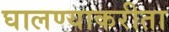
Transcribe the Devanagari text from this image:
घालण्याकरीता